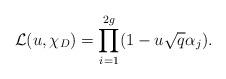
LaTeX: \begin{align*}\mathcal{L}(u,\chi_D) = \prod_{i=1}^{2g} (1-u \sqrt{q} \alpha_j) .\end{align*}